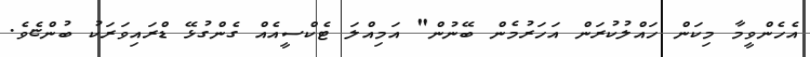
އެހެންވީމާ މިކަން ހައްލުކުރަން އަހަރުމެން ބޭނުން" އަމިއްލަ ޓެކްސީއެއް ގެންގުޅޭ ޑްރައިވަރަކު ބުންޏެވެ.